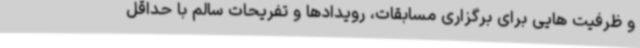
و ظرفیت هایی برای برگزاری مسابقات، رویدادها و تفریحات سالم با حداقل